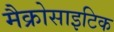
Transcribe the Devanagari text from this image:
मैक्रोसाइटिक